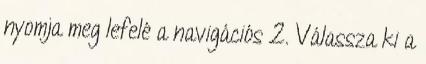
nyomja meg lefelé a navigációs 2. Válassza ki a